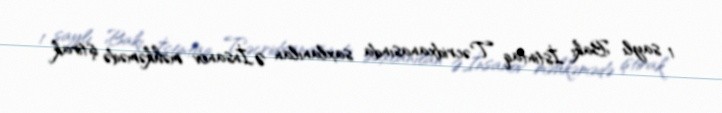
1 saylı Bakı İstintaq Təcridxanasında saxlanılan Ə.İnsanov məhkəmədə iştirak